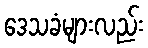
ဒေသခံများလည်း